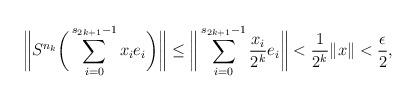
LaTeX: \begin{align*} \bigg\|S^{n_k} \bigg(\sum_{i=0}^{s_{2k+1}-1} x_i e_i\bigg)\bigg\|\leq \bigg\| \sum_{i=0}^{s_{2k+1}-1} \frac{x_i}{2^k} e_i\bigg\| < \frac{1}{2^k} \|x\| <\frac{\epsilon}{2},\end{align*}